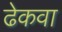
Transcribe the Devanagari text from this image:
ढेकवा